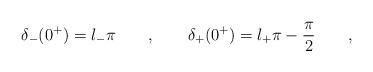
LaTeX: \begin{align*}\delta_-(0^+)=l_-\pi \qquad , \qquad\delta_+(0^+)=l_+\pi-\frac{\pi}{2} \qquad , \end{align*}